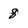
Character: 8